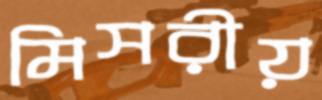
মিসরীয়